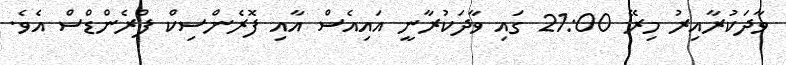
ވާދަކުރާއިރު މިރޭ 21:00 ގައި ވާދަކުރާނީ އައިއެސް އާއި ފޮރެންސިކް ފްރެންޑްސް އެވެ.